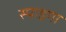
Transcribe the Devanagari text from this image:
स्पाइगा